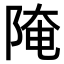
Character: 𨺍